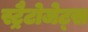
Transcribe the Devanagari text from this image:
स्ट्रैटोजेट्स